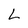
Character: L